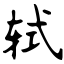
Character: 轼